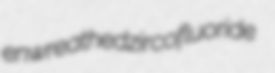
enwreathed zircofluoride